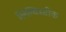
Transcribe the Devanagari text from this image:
लिंग्विस्टीक